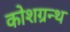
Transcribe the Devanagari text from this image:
कोशग्रन्थ